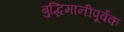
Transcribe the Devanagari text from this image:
बुद्धिमानीपूर्वक